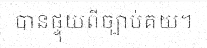
បានផ្ទុយពីច្បាប់គយ។